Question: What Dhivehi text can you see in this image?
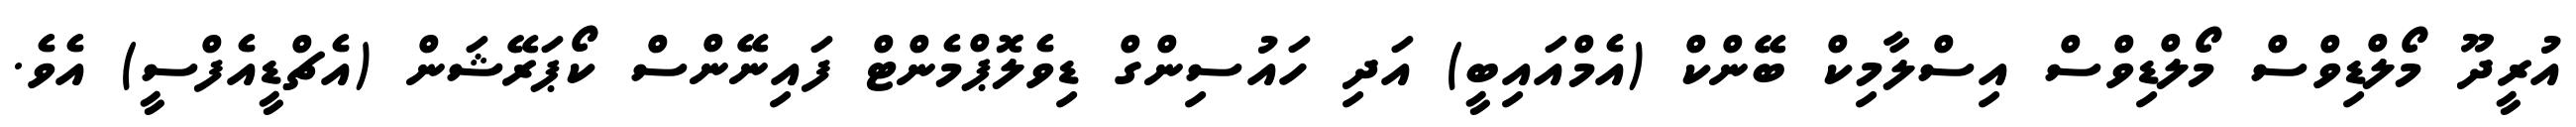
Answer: އުރީދޫ މޯލްޑިވްސް މޯލްޑިވްސް އިސްލާމިކް ބޭންކް (އެމްއައިބީ) އަދި ހައުސިންގް ޑިވެލޮޕްމެންޓް ފައިނޭންސް ކޯޕަރޭޝަން (އެޗްޑީއެފްސީ) އެވެ.